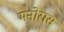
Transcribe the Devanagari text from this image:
मनोरास